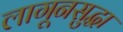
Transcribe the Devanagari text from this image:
लागूनसुद्धा